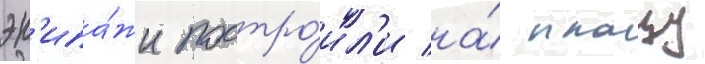
эк'ипа́жи постро́ил'и на́ плацу